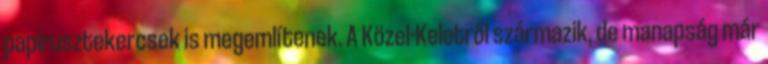
papirusztekercsek is megemlítenek. A Közel-Keletről származik, de manapság már